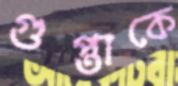
গুপ্তাকে